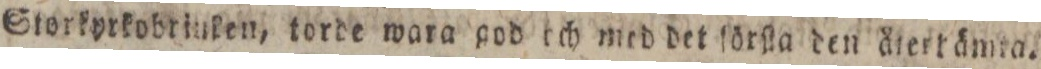
Storkyrkobrluken, torde wara god och med det ſörſta den återtämta.